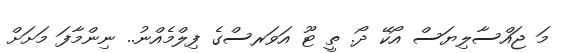
މަ ޖައްސާލިޔަސް އޯކޭ ދޯ. ތީ ޓޫ އަވަރސްގެ ފިލްމެއްނު.. ނިންމާފަ މަށަށް